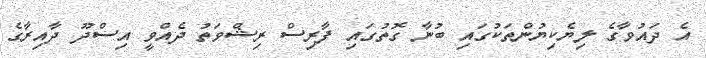
އެ ދައުވާގެ ލިޔެކިޔުންތަކުގައި ބުނާ ގޮތުގައި ފާރިސް ރިޝްވަތު ދެއްވީ އިސްދޫ ދާއިރާގެ